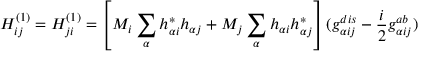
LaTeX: H _ { i j } ^ { ( 1 ) } = H _ { j i } ^ { ( 1 ) } = \left[ M _ { i } \sum _ { \alpha } h _ { \alpha i } ^ { \ast } h _ { \alpha j } + M _ { j } \sum _ { \alpha } h _ { \alpha i } h _ { \alpha j } ^ { \ast } \right] ( g _ { \alpha i j } ^ { d i s } - \frac { i } { 2 } g _ { \alpha i j } ^ { a b } )